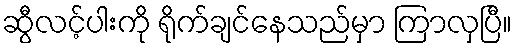
ဆွီလင့်ပါးကို ရိုက်ချင်နေသည်မှာ ကြာလှပြီ။